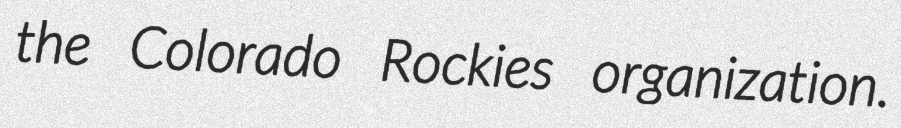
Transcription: the Colorado Rockies organization.